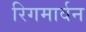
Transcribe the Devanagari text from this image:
रिगमार्वन